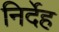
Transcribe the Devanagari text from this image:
निर्देह